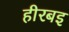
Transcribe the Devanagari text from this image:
हीरबइ